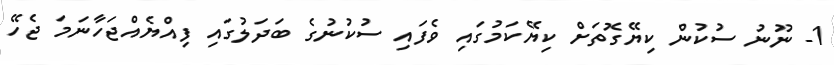
1- ނޫނު ސުކުން ކިޔޭގޮތަށް ކިޔޭކަމުގައި ވެފައި ސުކުނުގެ ބަދަލުގައި ފިއްޔެއްޖަހާނަމަ ޖެހޭ